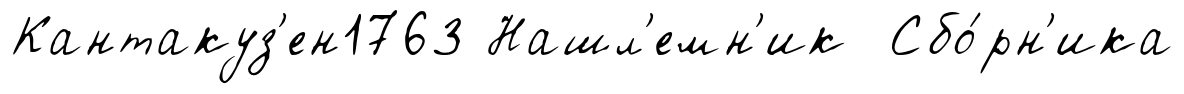
Кантакуз'ен1763 Нашл'емн'ик Сбо́рн'ика